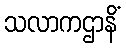
သလာကဌာနိံ